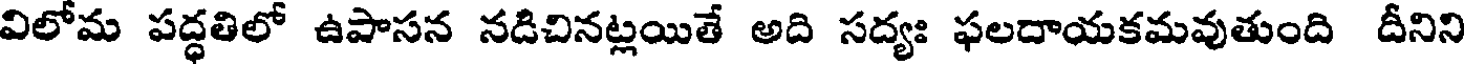
విలోమ పద్ధతిలో ఉపాసన నడిచినట్లయితే అది సద్యః ఫలదాయకమవుతుంది దీనిని